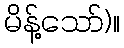
မိန့်သော်)။